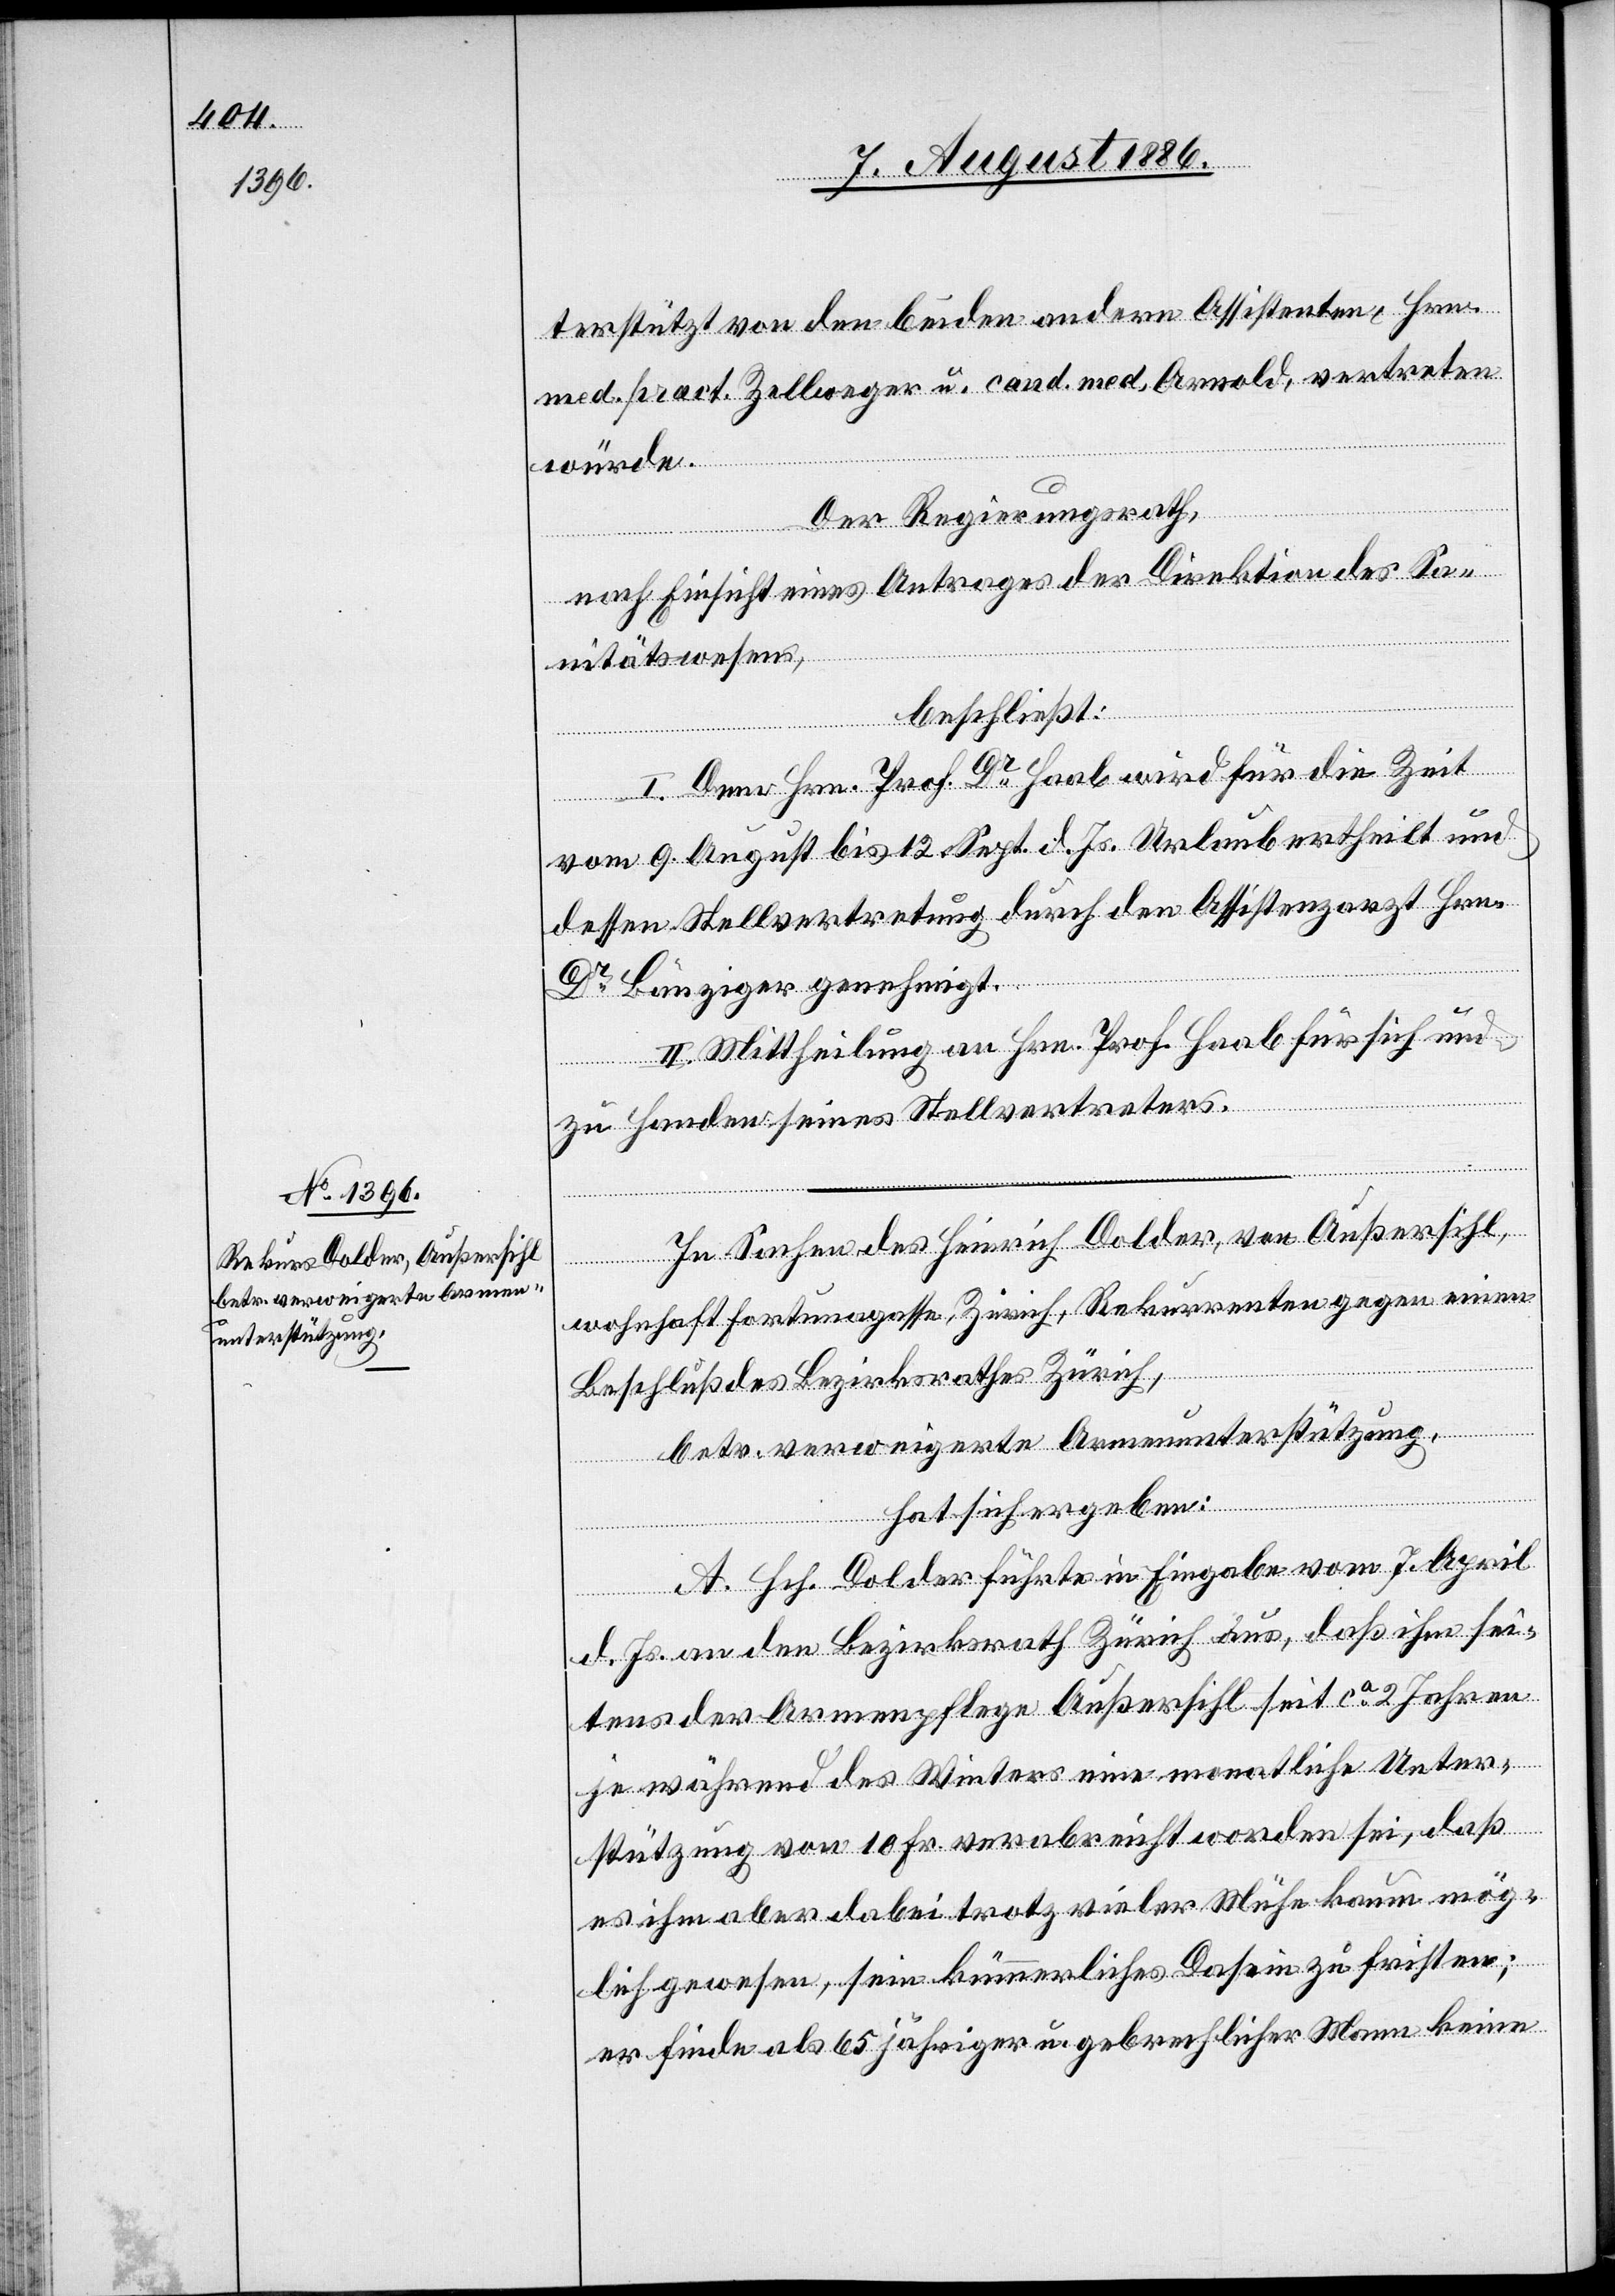
terstützt von den beiden andern Assistenten, Hrn.
med. pract. Zellweger u. cand. med. Arnold, vertreten
würde.
Der Regierungsrath,
nach Einsicht eines Antrages der Direktion des Sa¬
nitätswesens,
beschließt:
I. Dem Hrn. Prof. Dr Haab wird für die Zeit
vom 9. August bis 12. Sept. d. Js. Urlaub ertheilt und
dessen Stellvertretung durch den Assistenzarzt Hrn.
Dr Bänziger genehmigt.
II. Mittheilung an Hrn. Prof. Haab für sich und
zu Handen seines Stellvertreters.
In Sachen des Heinrich Dolder, von Außersihl,
wohnhaft Fortungasse, Zürich, Rekurrenten gegen einen
Beschluß des Bezirksrathes Zürich,
betr. verweigerte Armenunterstützung,
hat sich ergeben:
A. Hch. Dolder führte in Eingabe vom 7. April
d. Js. an den Bezirksrath Zürich aus, daß ihm sei¬
tens der Armenpflege Außersihl seit ca 2 Jahren
je während des Winters eine monatliche Unter¬
stützung von 10 Fr. verabreicht worden sei, daß
es ihm aber dabei trotz vieler Mühe kaum mög¬
lich gewesen, sein kümmerliches Dasein zu fristen;
er finde als 65 jähriger gebrechlicher Mann keine